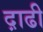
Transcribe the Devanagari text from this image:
द़ाढी